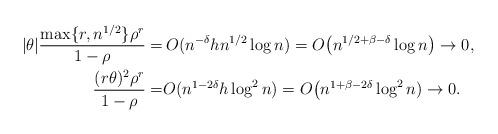
LaTeX: \begin{align*}|\theta| \frac{\max\{r,n^{1/2}\}\rho^r}{1-\rho}=&\,O(n^{-\delta}hn^{1/2}\log n)=O\bigl(n^{1/2+\beta-\delta}\log n\bigr)\to 0,\\\frac{(r\theta)^2\rho^r}{1-\rho}=&O(n^{1-2\delta}h\log^2n)=O\bigl(n^{1+\beta-2\delta}\log^2n)\to 0.\end{align*}